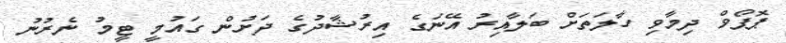
ޕޮޕޯވް ދިމާވި ހާލަތަށް ބަލާއިރު އޭނަގެ އިރުޝާދުގެ ދަށުން ގައުމީ ޓީމު ނެރުނު